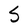
Character: S